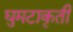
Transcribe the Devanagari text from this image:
घुमटाकृती